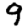
Digit: 9